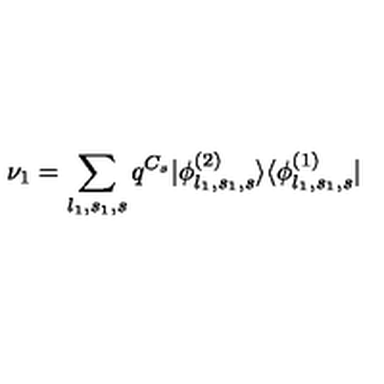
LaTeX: \nu _ { 1 } = \sum _ { l _ { 1 } , s _ { 1 } , s } q ^ { C _ { s } } | \phi _ { l _ { 1 } , s _ { 1 } , s } ^ { ( 2 ) } \rangle \langle \phi _ { l _ { 1 } , s _ { 1 } , s } ^ { ( 1 ) } |